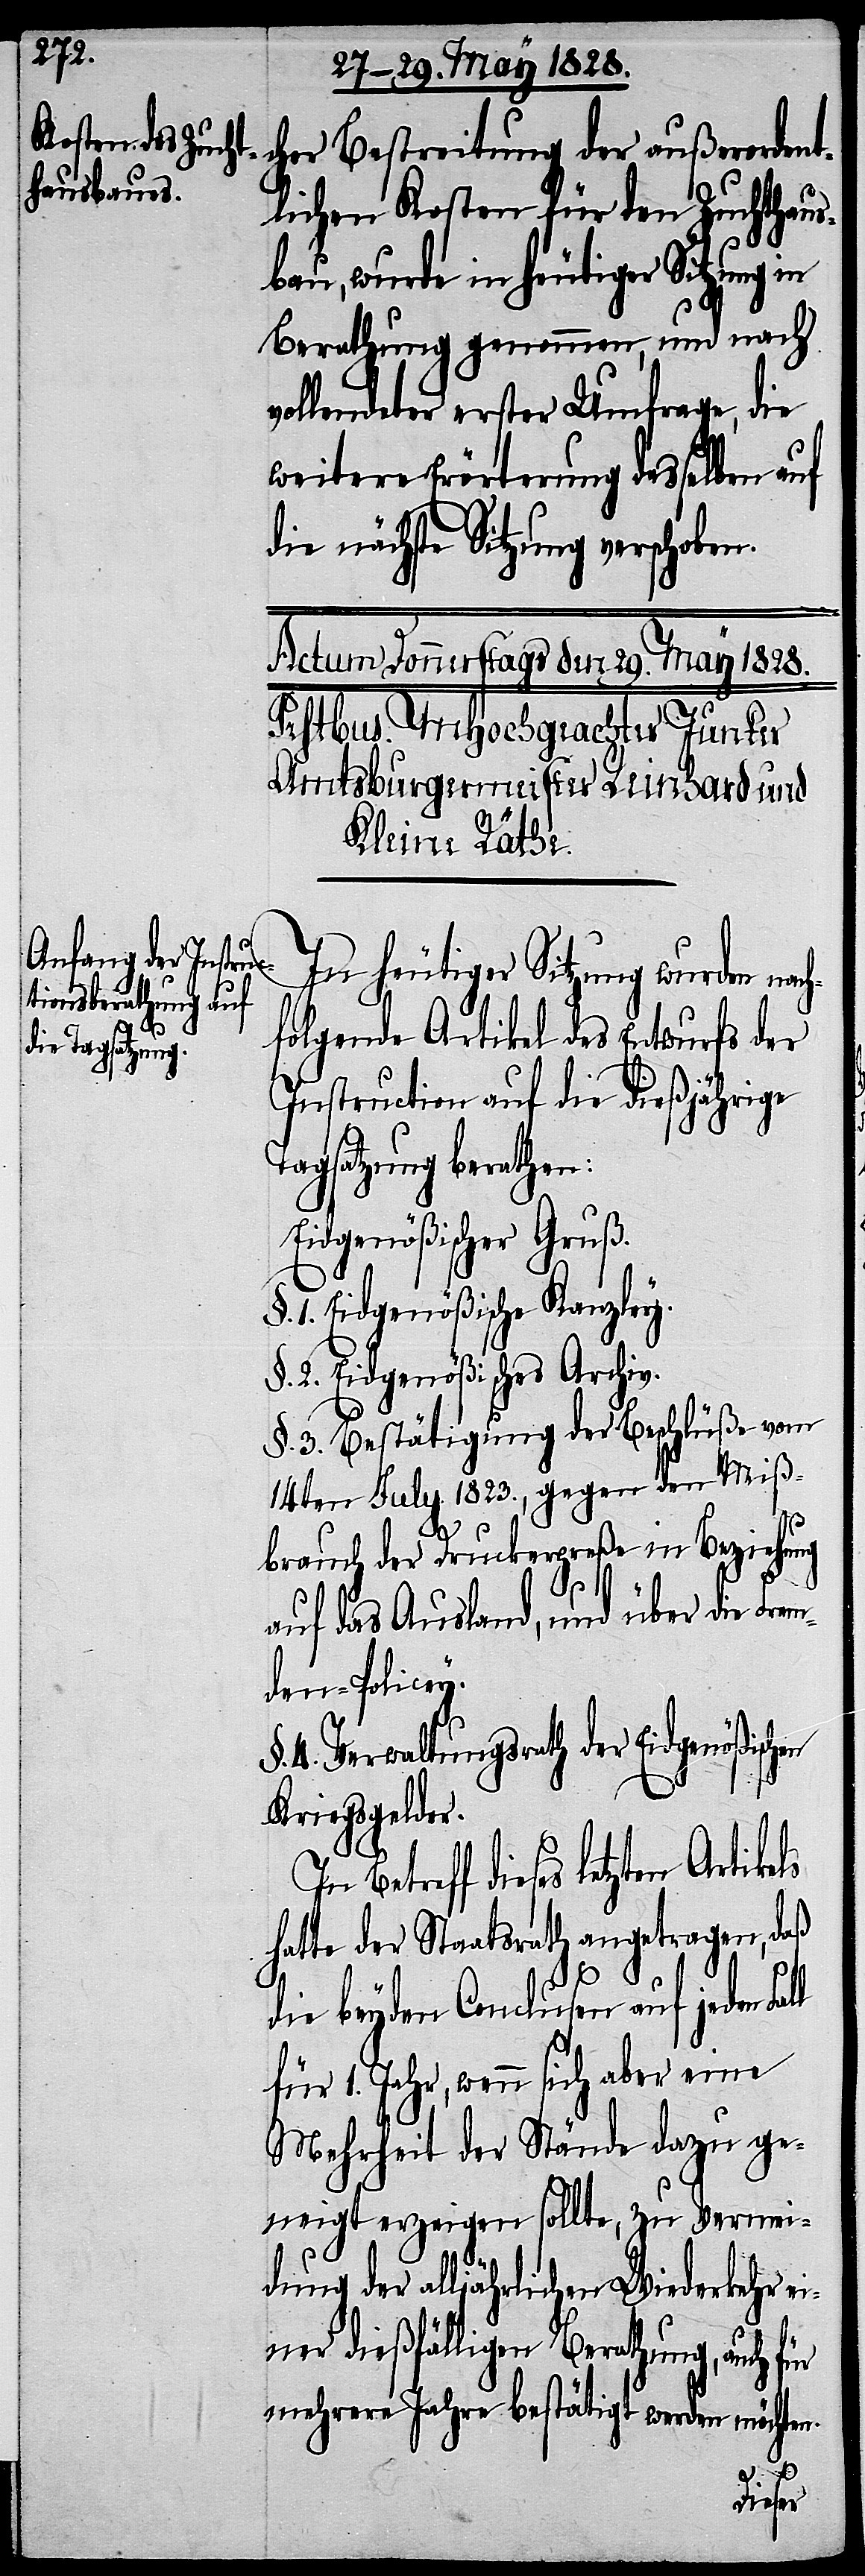
cher Bestreitung der außerordent¬
lichen Kosten für den Zuchthaus¬
bau, wurde in heutiger Sitzung in
Berathung genommen, und nach
vollendeter erster Umfrage, die
weitere Erörterung desselben auf
die nächste Sitzung verschoben.
In heutiger Sitzung wurden nach¬
folgende Artikel des Entwurfes der
Instruction auf die dießjährige
Tagsatzung berathen:
Eidgenößischer Gruß.
§. 1. Eidgenößische Kanzley.
2. Eidgenößisches Archiv.
§. 3. Bestätigung der Beschlüße vom
14ten July 1823., gegen den Miß¬
brauch der Druckerpreße in Beziehung
auf das Ausland, und über die Frem¬
den-Policey.
4. Verwaltungsrath der Eidgenößisch¬
Kriegsgelder.
Betreff dieses letzten Artike¬
hatte der Staatsrath angetragen, daß
ls
die beyden Conclusen auf jeden Fall
für 1. Jahr, wenn sich aber eine
Mehrheit der Stände dazu ge¬
neigt erzeigen sollte, zu Vermei¬
dung der alljährlichen Wiederkehr e¬
iner dießfälligen Berathung, auch
mehrere Jahre bestätigt werden möchten.
en